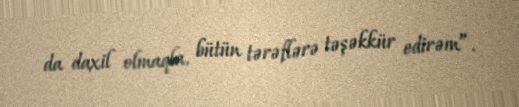
da daxil olmaqla, bütün tərəflərə təşəkkür edirəm”.